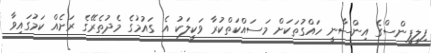
ފިލިޕީންސްގެ އިންސާނީ ހައްގުތަކަށް މަސައްކަތްކުރާ ވަކީލަކު އެ ގައުމުގެ މެދުތެރޭގެ ރަށެއް ކަމުގައިވާ